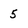
Character: 5